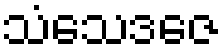
သံသေဒဇေ